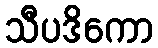
သီပဒိကော